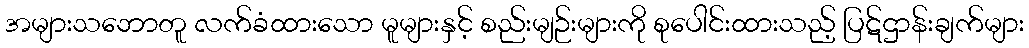
အများသဘောတူ လက်ခံထားသော မူများနှင့် စည်းမျဉ်းများကို စုပေါင်းထားသည့် ပြဋ်ဌာန်းချက်များ